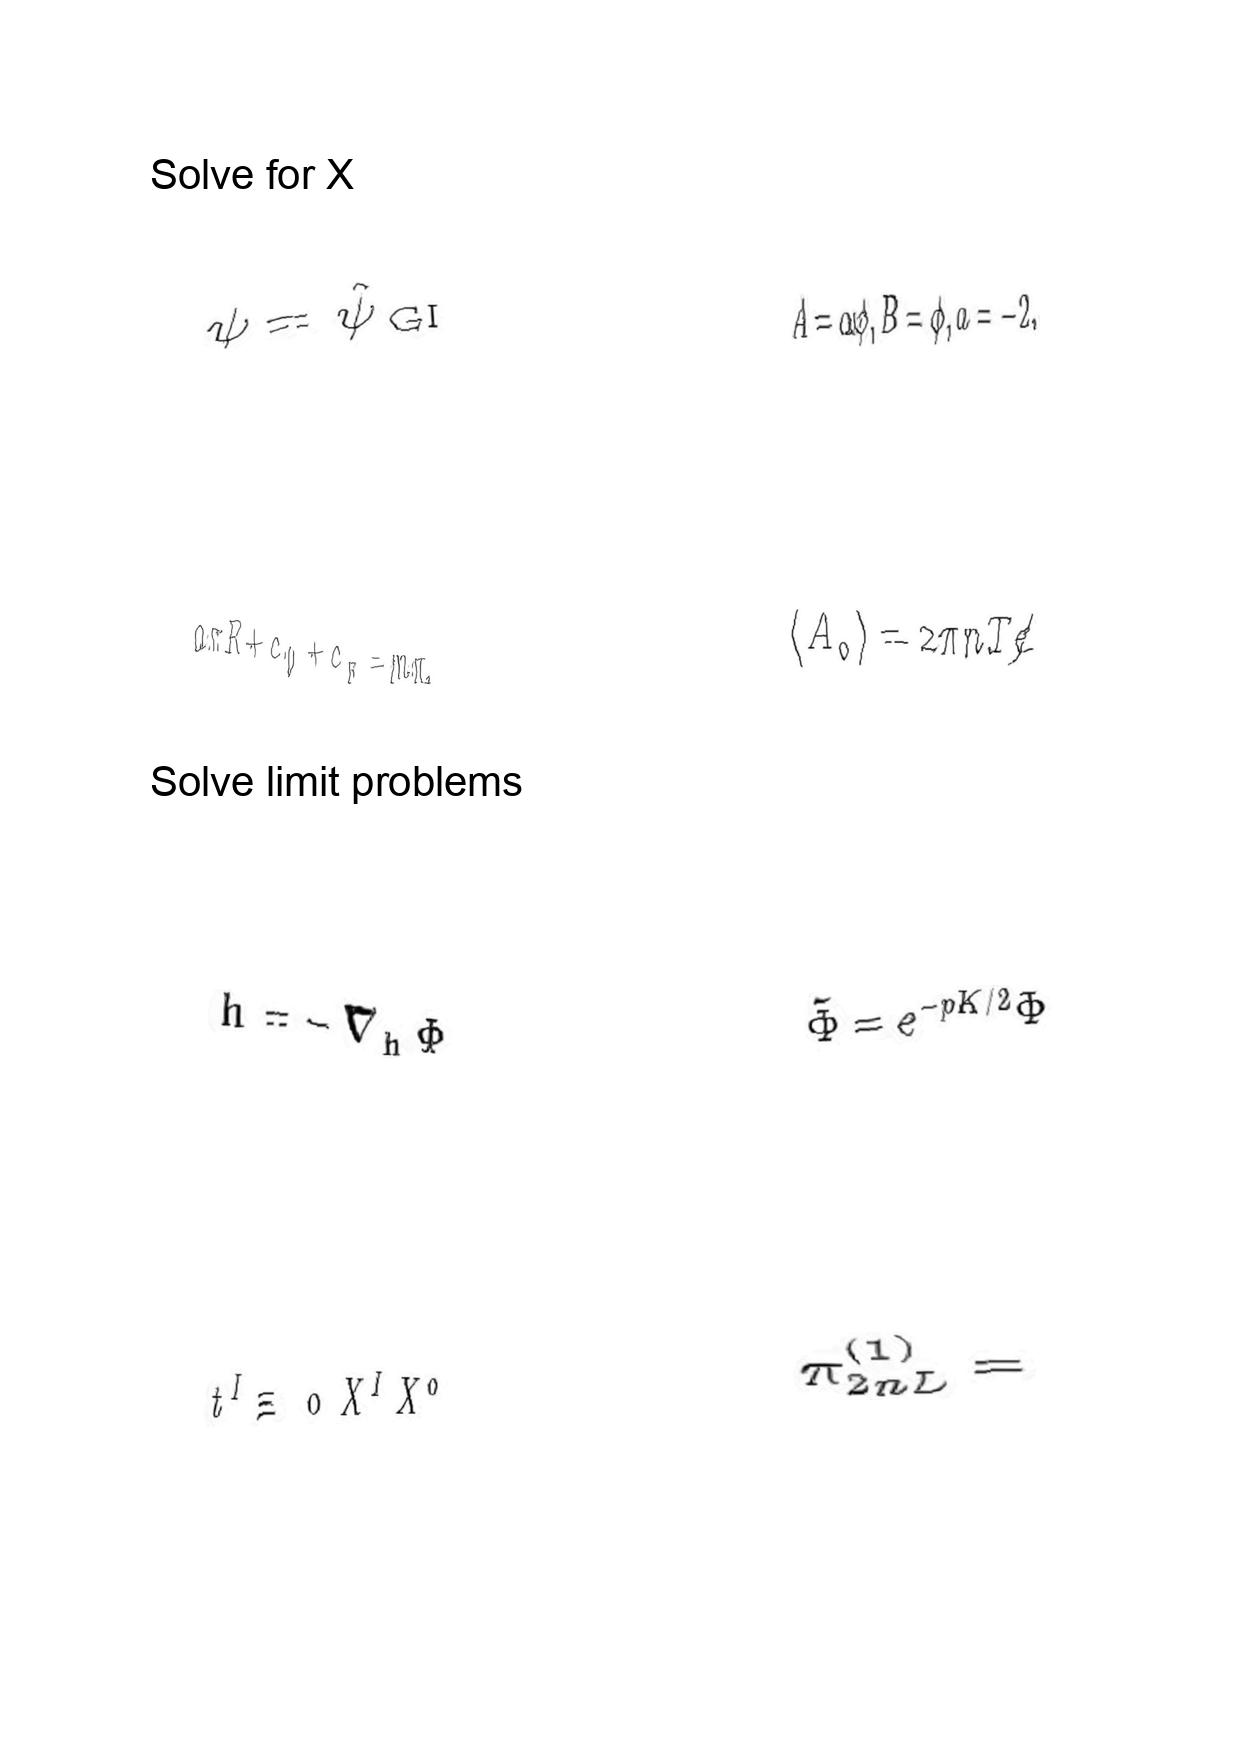
LaTeX transcription:
\psi = \hat { \psi } _ { \mathrm { \space G I } }
a \pi R + c _ { 0 } + c _ { \pi } = m \pi ,
\ddot { h } = - \nabla _ { h } \Phi
t ^ { I } \equiv \text { \ o } X ^ { I } X ^ { 0 }
A = \alpha \phi , B = \phi , a = - 2 .
\langle A _ { 0 } \rangle = 2 \pi n T / e
\tilde { \Phi } = e ^ { - p K / 2 } \Phi
\pi _ { 2 n L } ^ { \lparen 1 \rparen } =